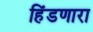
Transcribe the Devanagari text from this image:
हिंडणारा